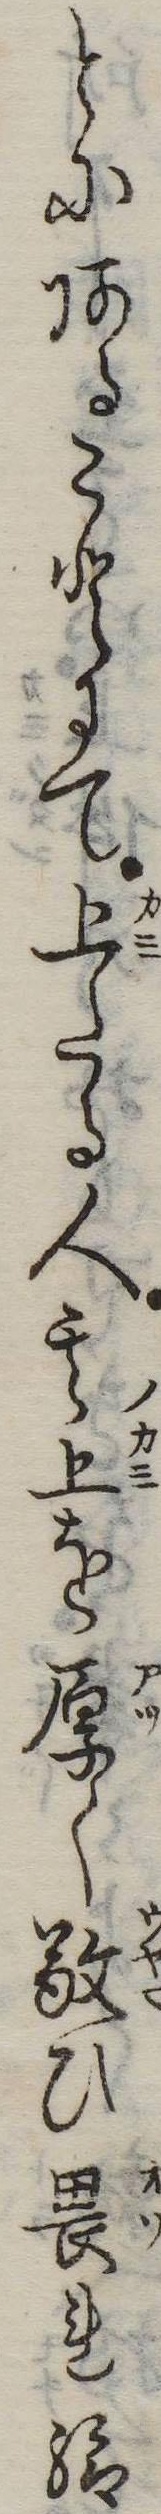
とにあることにて上たる人其上を厚く敬ひ畏れ給